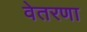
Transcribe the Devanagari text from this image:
वेतरणा